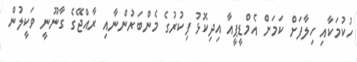
ހުކުމަކާއި ހިލާފަށް ކަމަށް އެމްޑީޕީއާ އިދިކޮޅު ފިކުރުގެ މެންބަރުންނާއި ރާއްޖޭގެ ގާނޫނީ ވަކީލުން